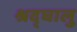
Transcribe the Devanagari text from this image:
श्रद्घालु